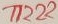
Text: T1222